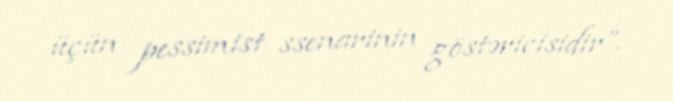
üçün pessimist ssenarinin göstəricisidir”.